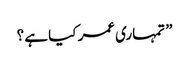
” تمہاری عمر کیا ہے ؟